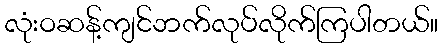
လုံးဝဆန့်ကျင်ဘက်လုပ်လိုက်ကြပါတယ်။